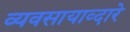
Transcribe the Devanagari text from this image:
व्यवसायाव्दारे